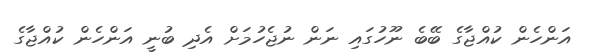
އަންހެން ކުއްޖާގެ ބޭބެ ނޫހުގައި ނަން ނުޖެހުމަށް އެދި ބުނީ އަންހެން ކުއްޖާގެ